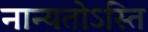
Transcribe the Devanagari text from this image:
नान्यतोऽस्ति